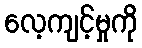
လေ့ကျင့်မှုကို